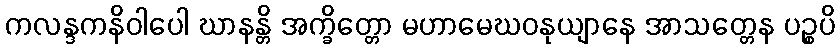
ကလန္ဒကနိဝါပေါ ဃာနန္တိ အက္ခိတ္တော မဟာမေဃဝနုယျာနေ အာသတ္တေန ပဉ္စပိ